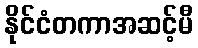
နိုင်ငံတကာအဆင့်မီ